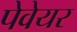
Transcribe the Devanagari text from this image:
पेवेयर